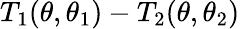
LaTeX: T_{1}(\theta,\theta_{1})-T_{2}(\theta,\theta_{2})